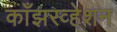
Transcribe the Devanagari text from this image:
काँझरव्हेशन